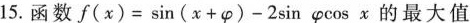
15. 函数 $$f ( x ) = \sin ( x + φ ) - 2 \sin φ \cos x$$ 的最大值